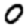
Digit: 0